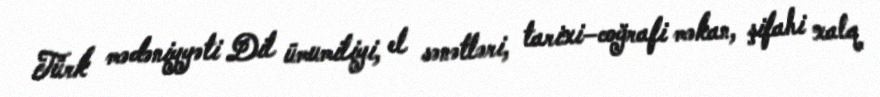
Türk mədəniyyəti Dil ümumiliyi, el sənətləri, tarixi–coğrafi məkan, şifahi xalq